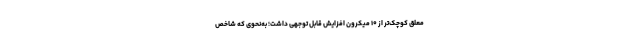
معلق کوچک‌تر از ۱۰ میکرون افزایش قابل توجهی داشت؛ به‌نحوی که شاخص